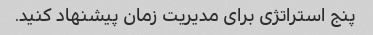
پنج استراتژی برای مدیریت زمان پیشنهاد کنید.